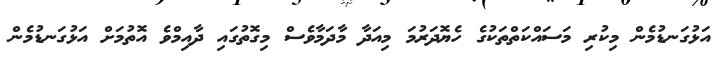
އަޅުގަނޑުމެން މިކުރި މަސައްކަތްތަކުގެ ހެޔޮދަރުމަ މިއަދާ މާދަމާވެސް މިގޮތުގައި ދާއިމްވެ އޮތުމަށް އަޅުގަނޑުމެން